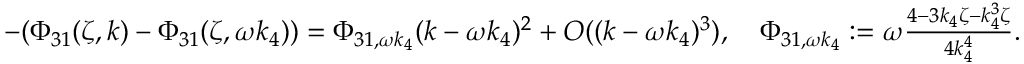
\begin{array} { r l } & { - ( \Phi _ { 3 1 } ( \zeta , k ) - \Phi _ { 3 1 } ( \zeta , \omega k _ { 4 } ) ) = \Phi _ { 3 1 , \omega k _ { 4 } } ( k - \omega k _ { 4 } ) ^ { 2 } + O ( ( k - \omega k _ { 4 } ) ^ { 3 } ) , \quad \Phi _ { 3 1 , \omega k _ { 4 } } : = \omega \frac { 4 - 3 k _ { 4 } \zeta - k _ { 4 } ^ { 3 } \zeta } { 4 k _ { 4 } ^ { 4 } } . } \end{array}